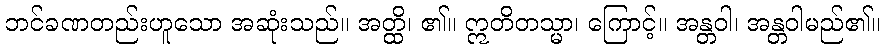
ဘင်ခဏတည်းဟူသော အဆုံးသည်။ အတ္ထိ၊ ၏။ ဣတိတသ္မာ၊ ကြောင့်။ အန္တဝါ၊ အန္တဝါမည်၏။